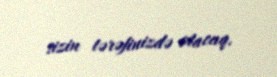
sizin tərəfinizdə olacaq.